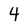
Character: 4